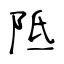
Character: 阺